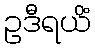
ဥဒီရယိံ